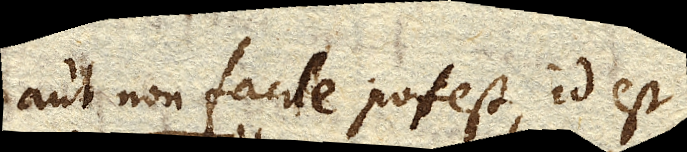
aut non facile potest, id est